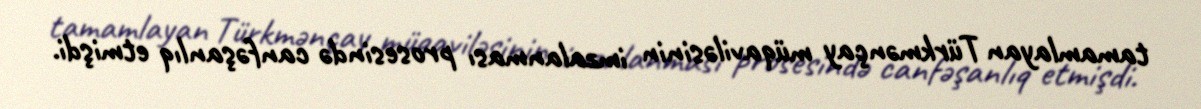
tamamlayan Türkmənçay müqaviləsinin imzalanması prosesində canfəşanlıq etmişdi.